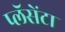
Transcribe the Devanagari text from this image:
प्लॅसेंटा